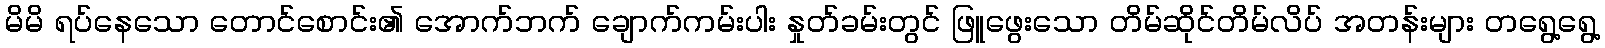
မိမိ ရပ်နေသော တောင်စောင်း၏ အောက်ဘက် ချောက်ကမ်းပါး နှုတ်ခမ်းတွင် ဖြူဖွေးသော တိမ်ဆိုင်တိမ်လိပ် အတန်းများ တရွေ့ရွေ့